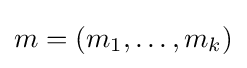
m=(m_{1},\ldots ,m_{k})